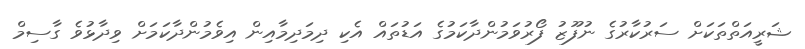
ޝަރީއަތްތަކަށް ސަރުކާރުގެ ނުފޫޒު ފޯރުވަމުންދާކަމުގެ އަޑުތައް އެކި ދިމަދިމާއިން އިވެމުންދާކަމަށް ވިދާޅުވެ ގާސިމް